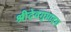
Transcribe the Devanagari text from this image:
श्रीदेवगुप्तादय